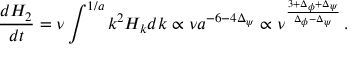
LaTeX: { \frac { d H _ { 2 } } { d t } } = \nu \int \sp { 1 / a } k \sp 2 H _ { k } d k \propto \nu a \sp { - 6 - 4 \Delta _ { \psi } } \propto \nu \sp { \frac { 3 + \Delta _ { \phi } + \Delta _ { \psi } } { \Delta _ { \phi } - \Delta _ { \psi } } } \, .